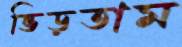
ভিড়তাম